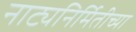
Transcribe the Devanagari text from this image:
नाट्यनिर्मितीच्या